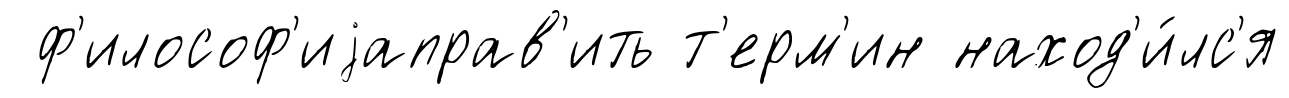
ф'илософ'иjаправ'ить т'ерм'ин наход'и́лс'я